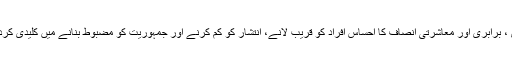
اسی سے آزادی ، برابری اور معاشرتی انصاف کا احساس افراد کو قریب لانے، انتشار کو کم کرنے اور جمہوریت کو مضبوط بنانے میں کلیدی کردار ادا کرتا ہے۔